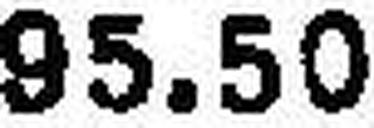
95.50